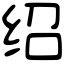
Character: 绍